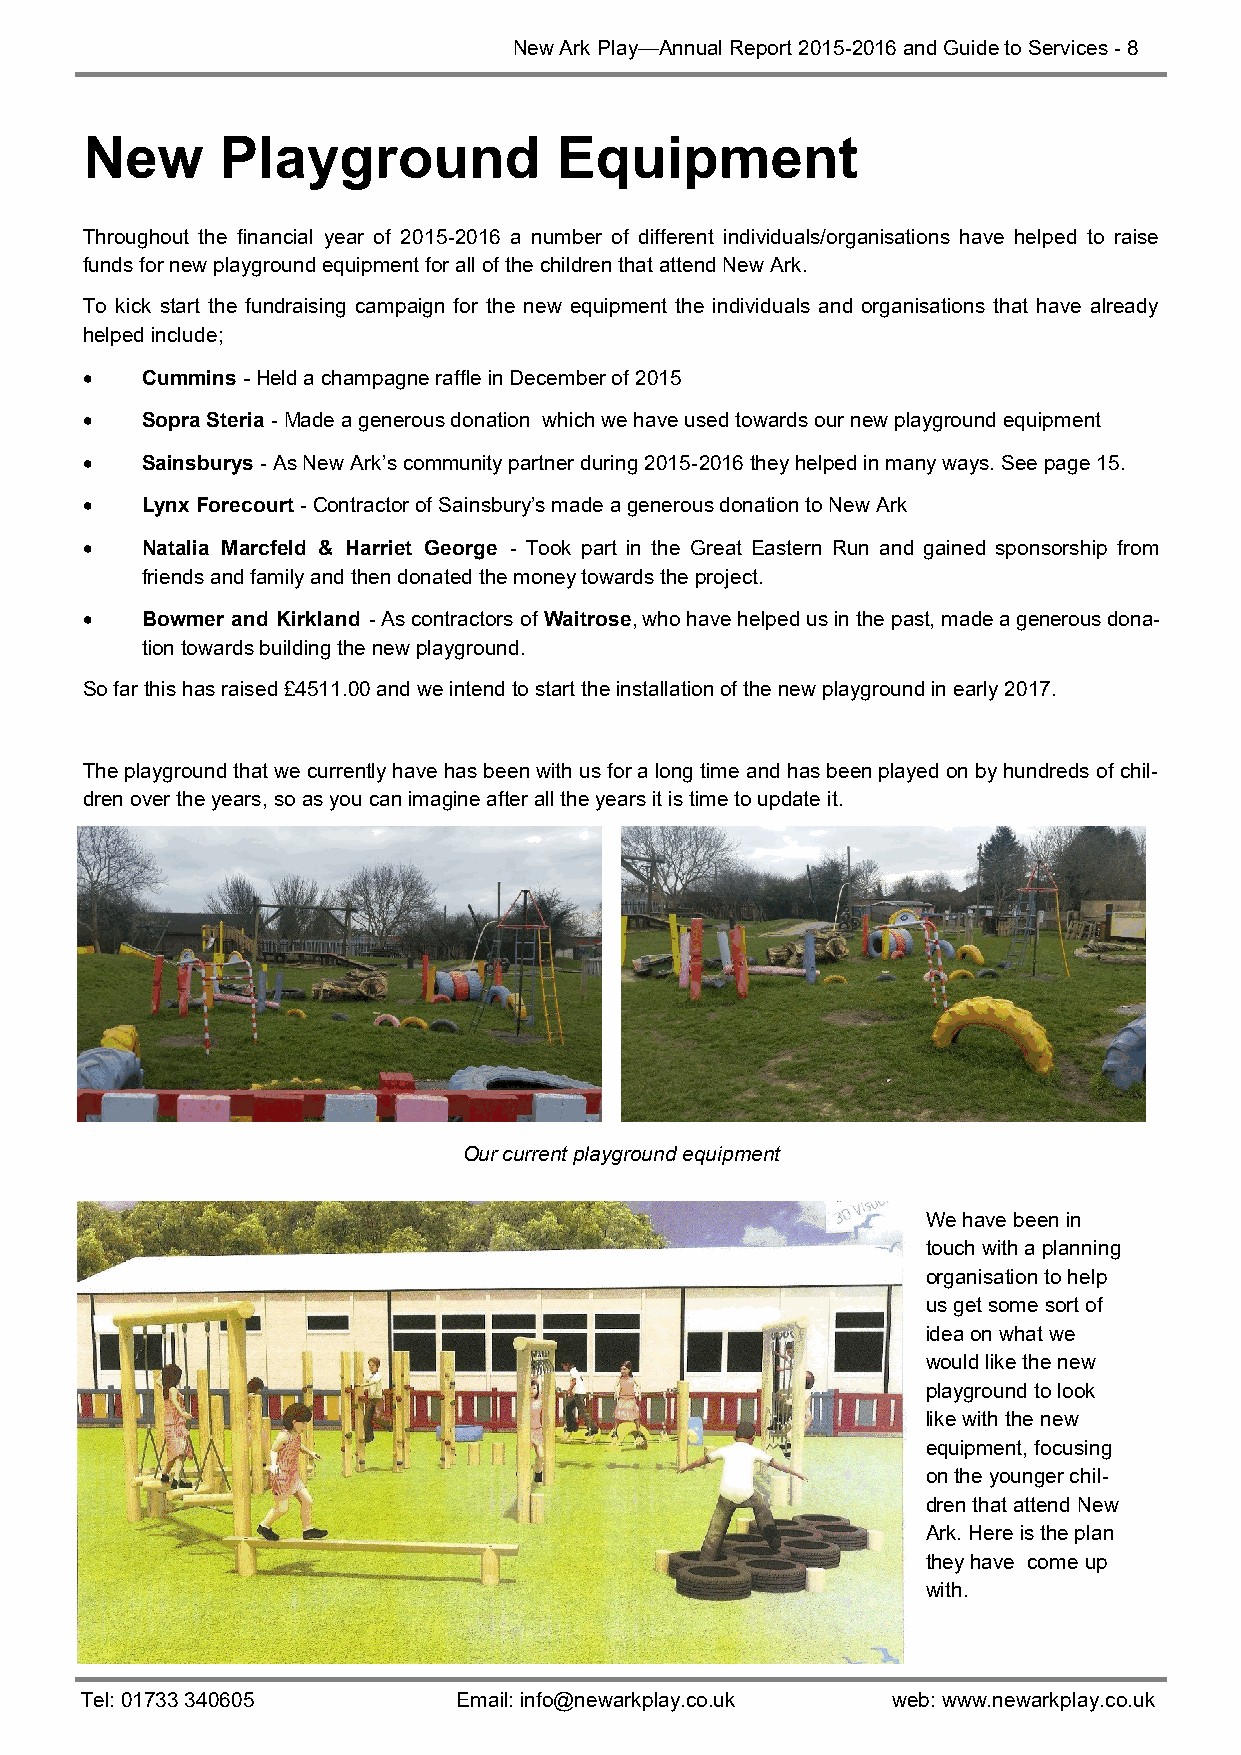
New Ark Play—Annual Report 2015-2016 and Guide to Services - 8
 New      Playground            Equipment
 Throughout the financial year of 2015-2016 a number of different individuals/organisations have helped to raise
 funds for new playground equipment for all of the children that attend New Ark.
 To kick start the fundraising campaign for the new equipment the individuals and organisations that have already
 helped include;
   Cummins - Held a champagne raffle in December of 2015
   Sopra Steria - Made a generous donation which we have used towards our new playground equipment
   Sainsburys - As New Ark’s community partner during 2015-2016 they helped in many ways. See page 15.
   Lynx Forecourt - Contractor of Sainsbury’s made a generous donation to New Ark
   Natalia Marcfeld & Harriet George - Took part in the Great Eastern Run and gained sponsorship from
 friends and family and then donated the money towards the project.
   Bowmer and Kirkland - As contractors of Waitrose, who have helped us in the past, made a generous dona-
 tion towards building the new playground.
 So far this has raised £4511.00 and we intend to start the installation of the new playground in early 2017.
 The playground that we currently have has been with us for a long time and has been played on by hundreds of chil-
 dren over the years, so as you can imagine after all the years it is time to update it.
 Our current playground equipment
 We have been in
 touch with a planning
 organisation to help
 us get some sort of
 idea on what we
 would like the new
 playground to look
 like with the new
 equipment, focusing
 on the younger chil-
 dren that attend New
 Ark. Here is the plan
 they have come up
 with.
 Tel: 01733 340605        Email: info@newarkplay.co.uk web: www.newarkplay.co.uk